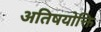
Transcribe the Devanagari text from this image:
अतिषयोक्ति